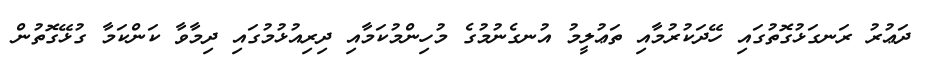
ދަޢުރު ރަނގަޅުގޮތުގައި ހޭދަކުރުމާއި ތަޢުލީމު އުނގެނުމުގެ މުހިންމުކަމާއި ދިރިއުޅުމުގައި ދިމާވާ ކަންކަމާ ގުޅޭގޮތުން